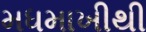
મધમાખીથી